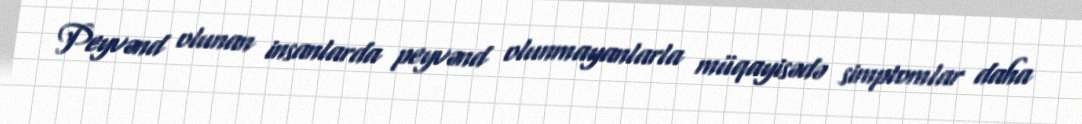
Peyvənd olunan insanlarda peyvənd olunmayanlarla müqayisədə simptomlar daha